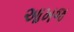
આખજ